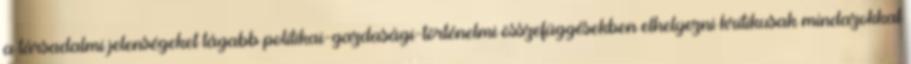
a társadalmi jelenségeket tágabb politikai-gazdasági-történelmi összefüggésekben elhelyezni kritikusak mindazokkal